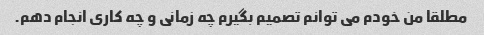
مطلقا من خودم می توانم تصمیم بگیرم چه زمانی و چه کاری انجام دهم.